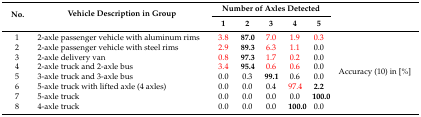
| <ROWSPAN=2> No. | <ROWSPAN=2> Vehicle Description in Group | <COLSPAN=5> Number of Axles Detected | <ROWSPAN=2>  |
 | 1 | 2 | 3 | 4 | 5 |
 | --- | --- | --- | --- | --- | --- | --- | --- |
 | 1 | 2-axle passenger vehicle with aluminum rims | 3.8 | 87.0 | 7.0 | 1.9 | 0.3 | <ROWSPAN=8> Accuracy (10) in [%] |
 | 2 | 2-axle passenger vehicle with steel rims | 2.9 | 89.3 | 6.3 | 1.1 | 0.0 |
 | 3 | 2-axle delivery van | 0.8 | 97.3 | 1.7 | 0.2 | 0.0 |
 | 4 | 2-axle truck and 2-axle bus | 3.4 | 95.4 | 0.6 | 0.6 | 0.0 |
 | 5 | 3-axle truck and 3-axle bus | 0.0 | 0.3 | 99.1 | 0.6 | 0.0 |
 | 6 | 5-axle truck with lifted axle (4 axles) | 0.0 | 0.0 | 0.4 | 97.4 | 2.2 |
 | 7 | 5-axle truck | 0.0 | 0.0 | 0.0 | 0.0 | 100.0 |
 | 8 | 4-axle truck | 0.0 | 0.0 | 0.0 | 100.0 | 0.0 |